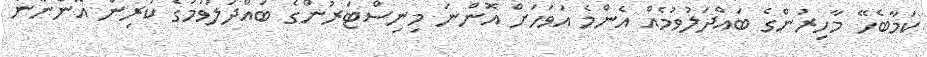
ކަމާބެހޭ މާހިރުންގެ ބައްދަލުވުމެއް އެންމެ އަވަހަށް އޮންނަ މިނިސްޓަރުންގެ ބައްދަލުވުމުގެ ކުރިން އޮންނާނެ